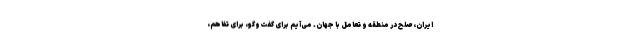
ایران، صلح در منطقه و تعامل با جهان. می‌آیم برای گفت‌وگو، برای تفاهم،